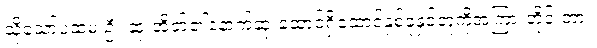
သို့သော်ပထမ ဦး ဆုံးအိတ်၏နောက်ဆုံးထောင့်ရှိထောင့်နှစ်ခုနှင့်တူကိုအကြားတိုင်းတာ။